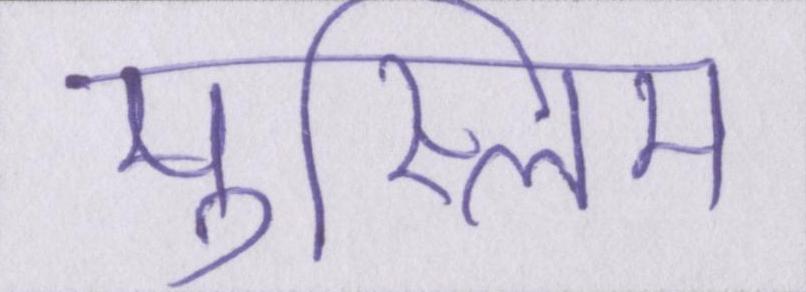
मुस्लिम